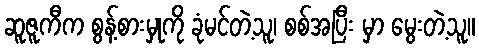
ဆူဇူကီက စွန့်စားမှုကို ခုံမင်တဲ့သူ၊ စစ်အပြီး မှာ မွေးတဲ့သူ။